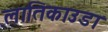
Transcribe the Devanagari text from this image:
लातिकाउडा